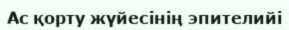
Ac қорту жүйесінің эпителийі